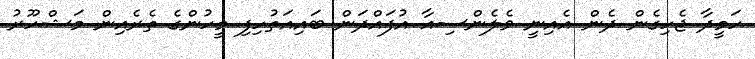
ހަމީދާ ޖެހިގެން ދެން އެއިނީ ވެލެންސިއާ އުފައްދަން ބައިއަތުހިފި މީހުންގެ ތެރެއިން މަޝްހޫރު